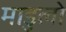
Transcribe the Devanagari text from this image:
माडुलो